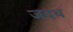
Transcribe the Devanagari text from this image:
जदथ